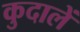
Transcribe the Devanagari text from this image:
कुदालें